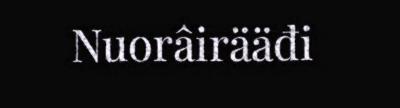
Nuorâirääđi